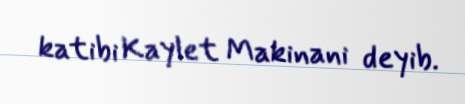
katibi Kaylet Makinani deyib.